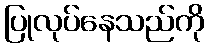
ပြုလုပ်နေသည်ကို